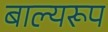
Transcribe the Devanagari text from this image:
बाल्यरूप